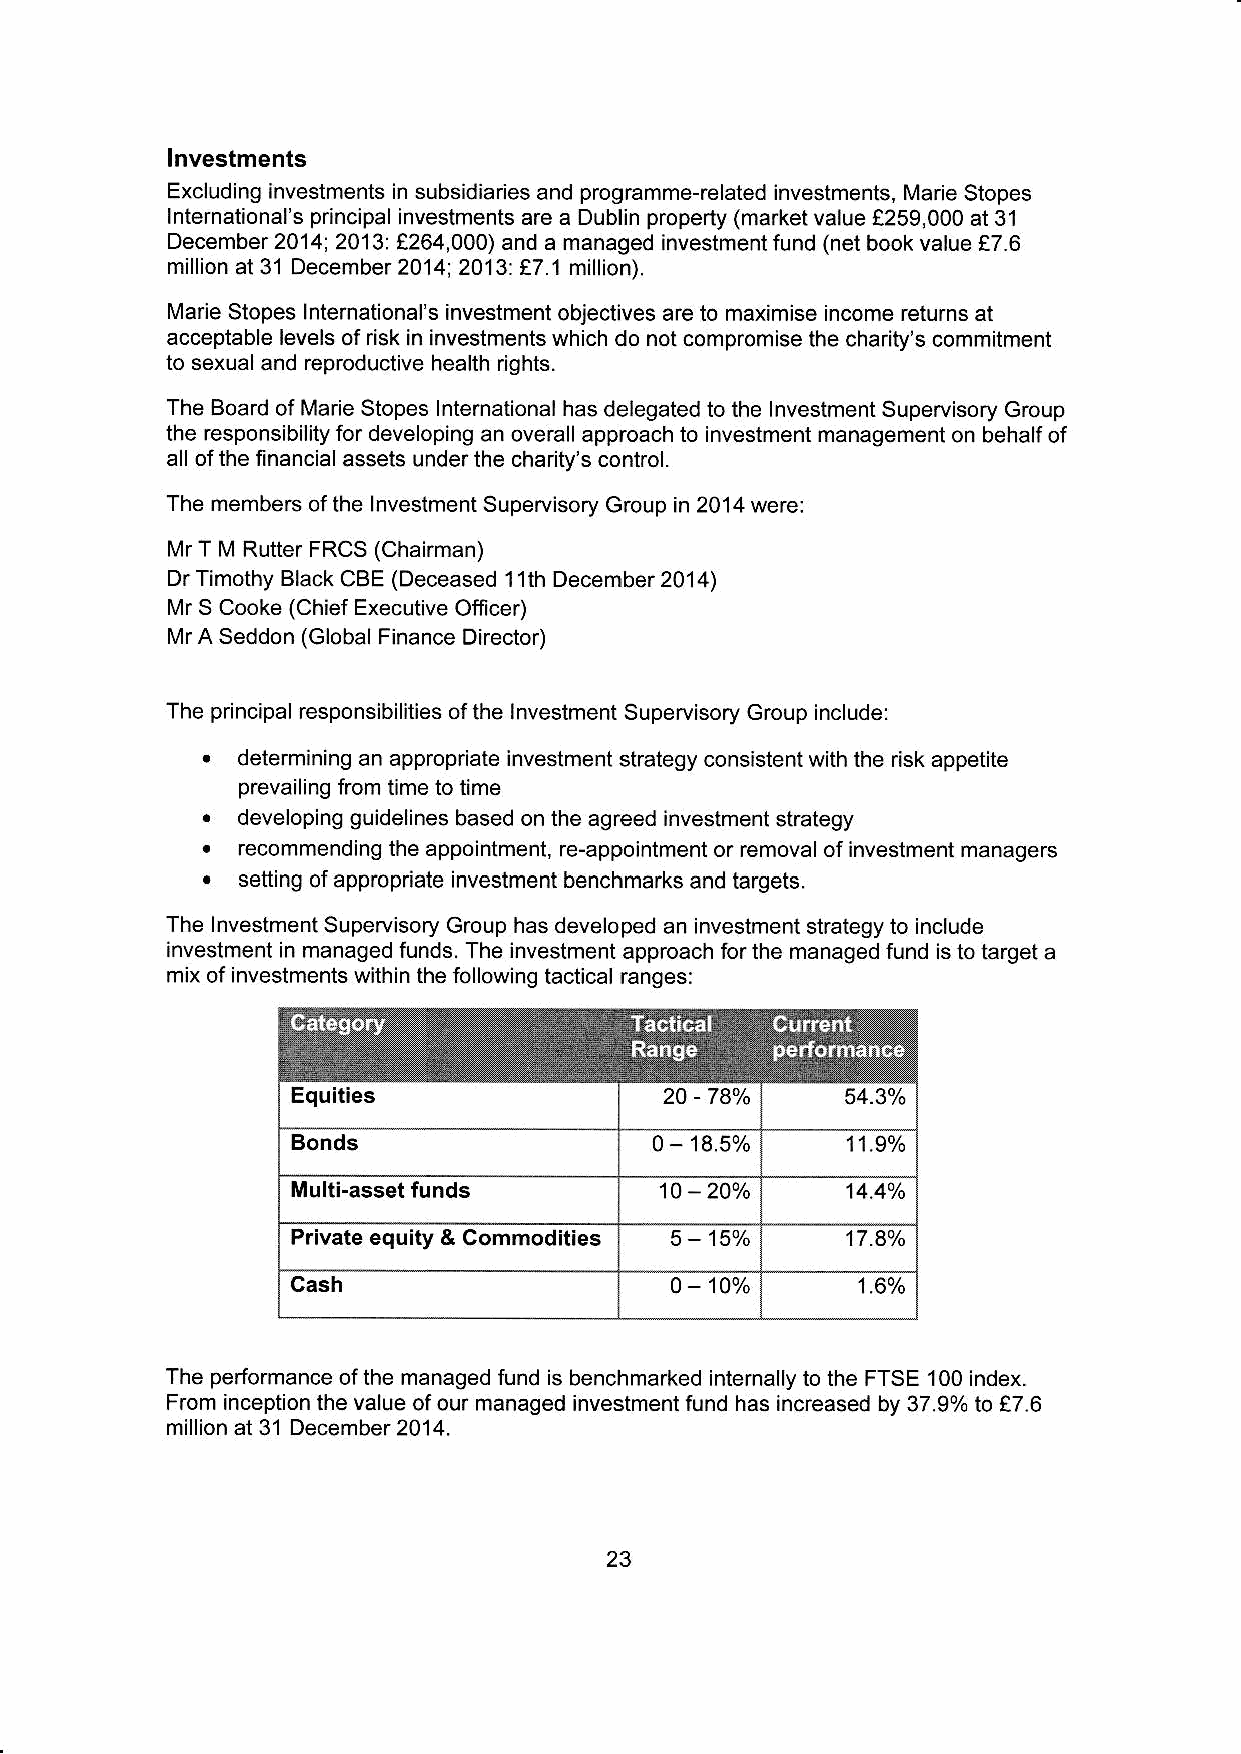
lnveslments
 Excluding investments in subsidiaries and prog€mme-related investments, Marie Stopes
 lnternational's principal investments are a Dublin property (market value !259,000 at 31
 December 2014t 2013: e264,000) and a managed investment fund (net book value !7.6
 million at 31 December2014; 20'13:€7.1 million).
 l\,4arie Stopes lnternational's investment objectives are to maximise income returns at
 acceptable levels of risk in investments which do not compromise the charity's commitment
 to sexual and reproductive health rights.
 The Board of Marie Stopes lntemational has delegated to the lnvestment Supervisory Group
 the responsibility for developing an overall approach to investment management on behalf of
 all ofthe financial assets underthe charity's control.
 The members of the lnvestment Supervisory Group in 2014 were:
 l\,4r T M Rutter FRCS (Chairman)
 Dr Timothy Black CBE (Deceased 'l1th December 2014)
 [,4r S Cooke (Chief Executive Officer)
 Mr A Seddon (Global Finance Director)
 The principal responsibilities oI the lnvestment Supervisory croup include:
 .
 determining an appropdate investment strategy consistent with the risk appetite
 prevailing from time to time
 .
 developing guidelines based on the agreed investment strategy
 .
 recommending the appointment, re-appointment or removal of investment managers
 .
 setting of appropriate investment benchmarks and targets.
 The lnvestment Supervisory Group has developed an investment strategy to include
 investment in managed funds. The investment approach forthe managed fund is to target a
 mix of investments within the following tactical ranges:
 Equities                 20 - 78%    54.30,1
 Bonds                   0 - 18.5%    11.9o/t
 Multi-asset funds        10 - 204/a  14.4%
 Private equity & Commodities 5 - 15"/, 17.84/,
 Cash                     0 - 100/<    1.6vt
 The performance of the managed fund is benchmarked internally to the FTSE 100 index.
 From inception the value of our managed investment fund has increased by 37.9% to €7.6
 million at 3'1 December 2014.